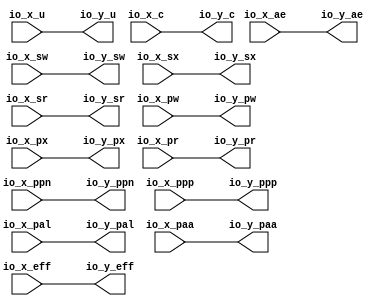
module OptimizationBarrier(
  input  [19:0] io_x_ppn,
  input         io_x_u,
  input         io_x_ae,
  input         io_x_sw,
  input         io_x_sx,
  input         io_x_sr,
  input         io_x_pw,
  input         io_x_px,
  input         io_x_pr,
  input         io_x_ppp,
  input         io_x_pal,
  input         io_x_paa,
  input         io_x_eff,
  input         io_x_c,
  output [19:0] io_y_ppn,
  output        io_y_u,
  output        io_y_ae,
  output        io_y_sw,
  output        io_y_sx,
  output        io_y_sr,
  output        io_y_pw,
  output        io_y_px,
  output        io_y_pr,
  output        io_y_ppp,
  output        io_y_pal,
  output        io_y_paa,
  output        io_y_eff,
  output        io_y_c
);
  assign io_y_ppn = io_x_ppn; // @[package.scala 241:12]
  assign io_y_u = io_x_u; // @[package.scala 241:12]
  assign io_y_ae = io_x_ae; // @[package.scala 241:12]
  assign io_y_sw = io_x_sw; // @[package.scala 241:12]
  assign io_y_sx = io_x_sx; // @[package.scala 241:12]
  assign io_y_sr = io_x_sr; // @[package.scala 241:12]
  assign io_y_pw = io_x_pw; // @[package.scala 241:12]
  assign io_y_px = io_x_px; // @[package.scala 241:12]
  assign io_y_pr = io_x_pr; // @[package.scala 241:12]
  assign io_y_ppp = io_x_ppp; // @[package.scala 241:12]
  assign io_y_pal = io_x_pal; // @[package.scala 241:12]
  assign io_y_paa = io_x_paa; // @[package.scala 241:12]
  assign io_y_eff = io_x_eff; // @[package.scala 241:12]
  assign io_y_c = io_x_c; // @[package.scala 241:12]
endmodule